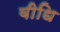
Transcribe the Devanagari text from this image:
वीधि